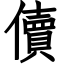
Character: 儥